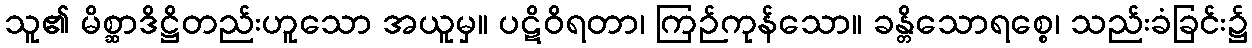
သူ၏ မိစ္ဆာဒိဋ္ဌိတည်းဟူသော အယူမှ။ ပဋိဝိရတာ၊ ကြဉ်ကုန်သော။ ခန္တိသောရစ္စေ၊ သည်းခံခြင်း၌